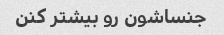
جنساشون رو بیشتر کنن